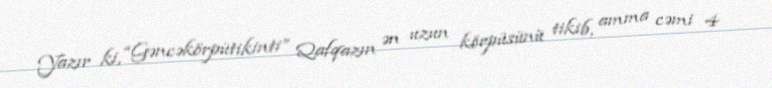
Yazır ki, “Gəncəkörpütikinti” Qafqazın ən uzun körpüsünü tikib, amma cəmi 4